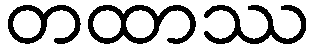
တထာဿ